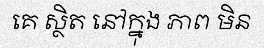
គេ ស្ថិត នៅក្នុង ភាព មិន